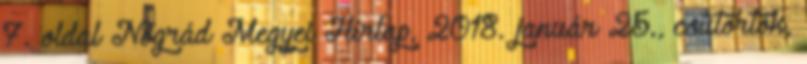
7. oldal Nógrád Megyei Hírlap, 2018. január 25., csütörtök,